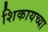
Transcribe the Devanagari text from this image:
शिकायच्या